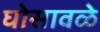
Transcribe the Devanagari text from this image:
घोसावळे